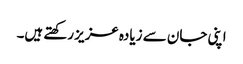
اپنی جان سے زیادہ عزیز رکھتے ہیں۔